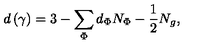
d \left( \gamma \right) = 3 - \sum _ { \Phi } d _ { \Phi } N _ { \Phi } - \frac 1 2 N _ { g } ,